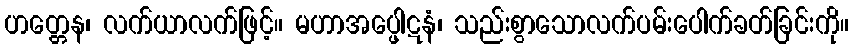
ဟတ္တေန၊ လက်ယာလက်ဖြင့်။ မဟာအပ္ဖေါဋနံ၊ သည်းစွာသောလက်ပမ်းပေါက်ခတ်ခြင်းကို။